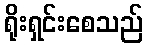
ရိုးရှင်းစေသည်